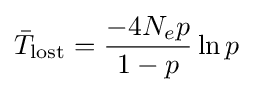
{\bar {T}}_{\text{lost}}={\frac {-4N_{e}p}{1-p}}\ln p